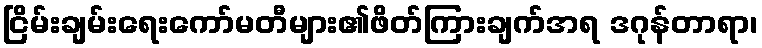
ငြိမ်းချမ်းရေးကော်မတီများ၏ဖိတ်ကြားချက်အရ ဒဂုန်တာရာ၊